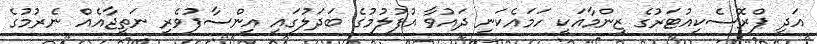
އަދި ޕްރޮސެކިއުޓަރުގެ ޒިންމާއަކީ ހަމައެކަނި ދައުވާ އުފުލުމުގެ ބަދަލުގައި އިންސާފުވެރި ނަތީޖާއެއް ނެރުމުގެ